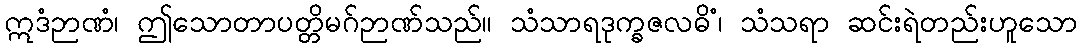
ဣဒံဉာဏံ၊ ဤသောတာပတ္တိမဂ်ဉာဏ်သည်။ သံသာရဒုက္ခဇလဓိံ၊ သံသရာ ဆင်းရဲတည်းဟူသော